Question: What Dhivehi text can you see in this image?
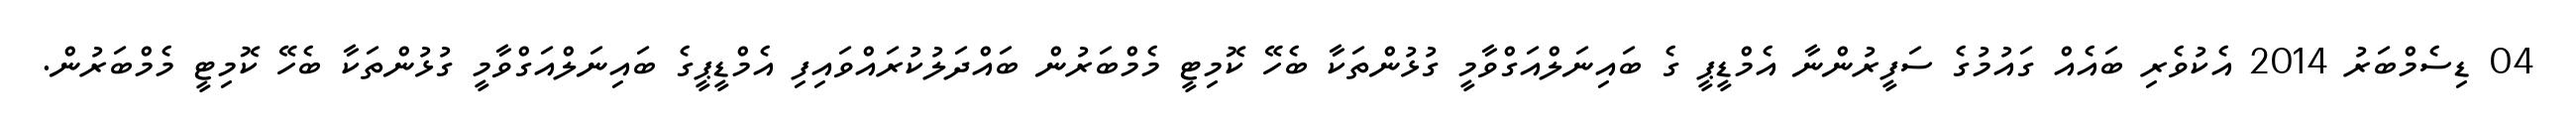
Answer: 04 ޑިސެމްބަރު 2014 އެކުވެރި ބައެއް ގައުމުގެ ސަފީރުންނާ އެމްޑީޕީ ގެ ބައިނަލްއަގްވާމީ ގުޅުންތަކާ ބެހޭ ކޮމިޓީ މެމްބަރުން ބައްދަލުކުރައްވައިފި އެމްޑީޕީގެ ބައިނަލްއަގްވާމީ ގުޅުންތަކާ ބެހޭ ކޮމިޓީ މެމްބަރުން.